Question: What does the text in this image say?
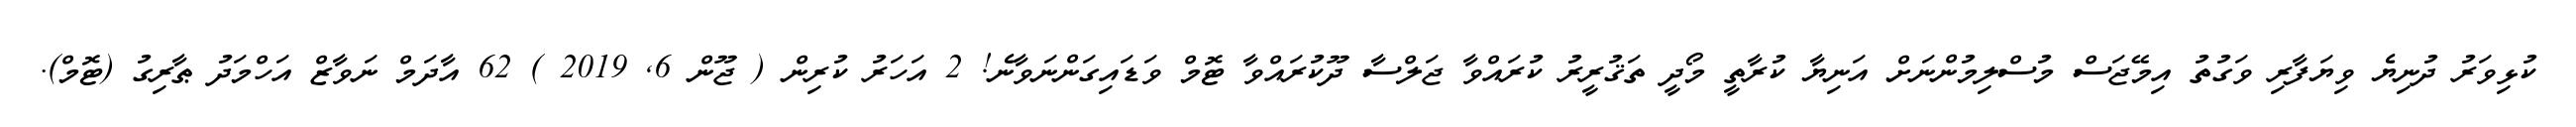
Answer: ކުޅިވަރު ދުނިޔެ ވިޔަފާރި ވަގުތު އިމޭޖަސް މުސްލިމުންނަށް އަނިޔާ ކުރާތީ މޯދީ ތަޤުރީރު ކުރައްވާ ޖަލްސާ ދޫކުރައްވާ ޓޮމް ވަޑައިގަންނަވާނެ! 2 އަހަރު ކުރިން ( ޖޫން 6, 2019 ) 62 އާދަމް ނަވާޒް އަހްމަދު ޠާރިގު (ޓޮމް).